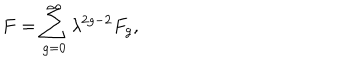
LaTeX: F = \sum _ { g = 0 } ^ { \infty } \lambda ^ { 2 g - 2 } F _ { g } ,